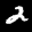
Label: 2